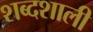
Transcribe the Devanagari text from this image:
शब्दशाली